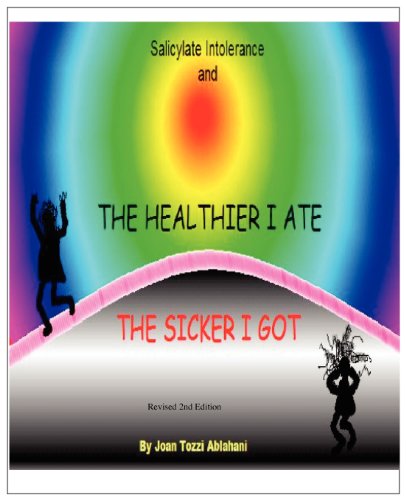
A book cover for Salicylate Intolerance and The Healthier I Ate The Sicker I Got (Revised 2nd Edition); Joan Tozzi Ablahani; Health, Fitness & Dieting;